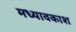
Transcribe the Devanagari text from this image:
मध्यावकाश